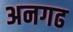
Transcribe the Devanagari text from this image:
अनगढ